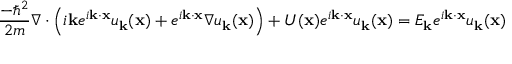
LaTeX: { \frac { - \hbar ^ { 2 } } { 2 m } } \nabla \cdot \left( i \mathbf { k } e ^ { i \mathbf { k } \cdot \mathbf { x } } u _ { \mathbf { k } } ( \mathbf { x } ) + e ^ { i \mathbf { k } \cdot \mathbf { x } } \nabla u _ { \mathbf { k } } ( \mathbf { x } ) \right) + U ( \mathbf { x } ) e ^ { i \mathbf { k } \cdot \mathbf { x } } u _ { \mathbf { k } } ( \mathbf { x } ) = E _ { \mathbf { k } } e ^ { i \mathbf { k } \cdot \mathbf { x } } u _ { \mathbf { k } } ( \mathbf { x } )